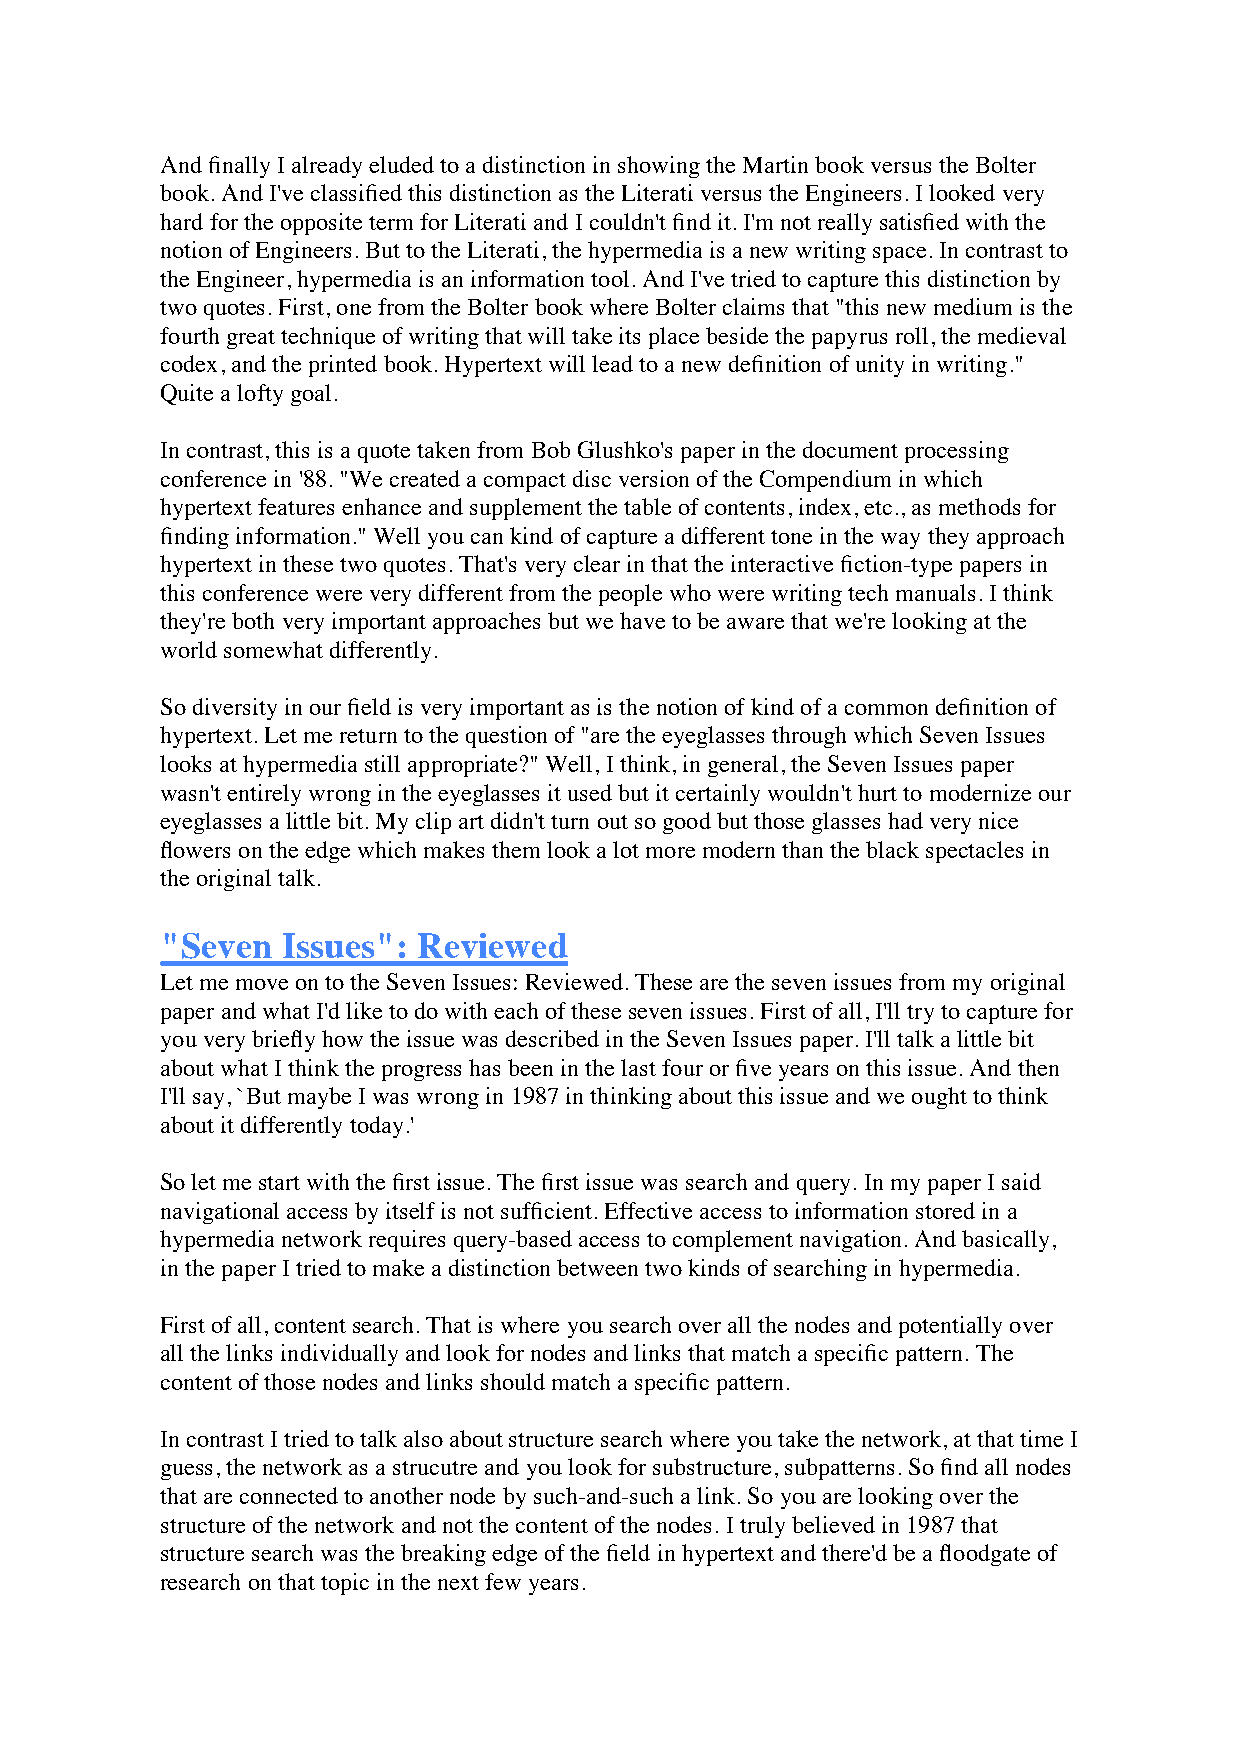
And finally I already eluded to a distinction in showing the Martin book versus the Bolter
 book. And I've classified this distinction as the Literati versus the Engineers. I looked very
 hard for the opposite term for Literati and I couldn't find it. I'm not really satisfied with the
 notion of Engineers. But to the Literati, the hypermedia is a new writing space. In contrast to
 the Engineer, hypermedia is an information tool. And I've tried to capture this distinction by
 two quotes. First, one from the Bolter book where Bolter claims that "this new medium is the
 fourth great technique of writing that will take its place beside the papyrus roll, the medieval
 codex, and the printed book. Hypertext will lead to a new definition of unity in writing."
 Quite a lofty goal.
 In contrast, this is a quote taken from Bob Glushko's paper in the document processing
 conference in '88. "We created a compact disc version of the Compendium in which
 hypertext features enhance and supplement the table of contents, index, etc., as methods for
 finding information." Well you can kind of capture a different tone in the way they approach
 hypertext in these two quotes. That's very clear in that the interactive fiction-type papers in
 this conference were very different from the people who were writing tech manuals. I think
 they're both very important approaches but we have to be aware that we're looking at the
 world somewhat differently.
 So diversity in our field is very important as is the notion of kind of a common definition of
 hypertext. Let me return to the question of "are the eyeglasses through which Seven Issues
 looks at hypermedia still appropriate?" Well, I think, in general, the Seven Issues paper
 wasn't entirely wrong in the eyeglasses it used but it certainly wouldn't hurt to modernize our
 eyeglasses a little bit. My clip art didn't turn out so good but those glasses had very nice
 flowers on the edge which makes them look a lot more modern than the black spectacles in
 the original talk.
 "Seven  Issues": Reviewed
 Let me move on to the Seven Issues: Reviewed. These are the seven issues from my original
 paper and what I'd like to do with each of these seven issues. First of all, I'll try to capture for
 you very briefly how the issue was described in the Seven Issues paper. I'll talk a little bit
 about what I think the progress has been in the last four or five years on this issue. And then
 I'll say, `But maybe I was wrong in 1987 in thinking about this issue and we ought to think
 about it differently today.'
 So let me start with the first issue. The first issue was search and query. In my paper I said
 navigational access by itself is not sufficient. Effective access to information stored in a
 hypermedia network requires query-based access to complement navigation. And basically,
 in the paper I tried to make a distinction between two kinds of searching in hypermedia.
 First of all, content search. That is where you search over all the nodes and potentially over
 all the links individually and look for nodes and links that match a specific pattern. The
 content of those nodes and links should match a specific pattern.
 In contrast I tried to talk also about structure search where you take the network, at that time I
 guess, the network as a strucutre and you look for substructure, subpatterns. So find all nodes
 that are connected to another node by such-and-such a link. So you are looking over the
 structure of the network and not the content of the nodes. I truly believed in 1987 that
 structure search was the breaking edge of the field in hypertext and there'd be a floodgate of
 research on that topic in the next few years.